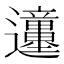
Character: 𲆊